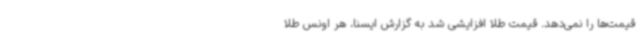
قیمت‌ها را نمی‌دهد. قیمت طلا افزایشی شد به گزارش ایسنا، هر اونس طلا